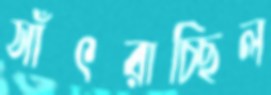
সাঁৎরাচ্ছিল